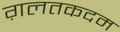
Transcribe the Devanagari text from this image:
ग़लतकदम